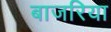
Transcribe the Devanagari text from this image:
बाजरिया